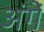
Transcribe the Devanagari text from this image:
अंगें